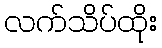
လက်သိပ်ထိုး